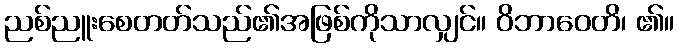
ညစ်ညူးစေတတ်သည်၏အဖြစ်ကိုသာလျှင်။ ဝိဘာဝေတိ၊ ၏။